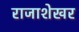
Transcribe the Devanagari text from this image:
राजाशेखर